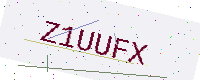
Text: Z1UUFX